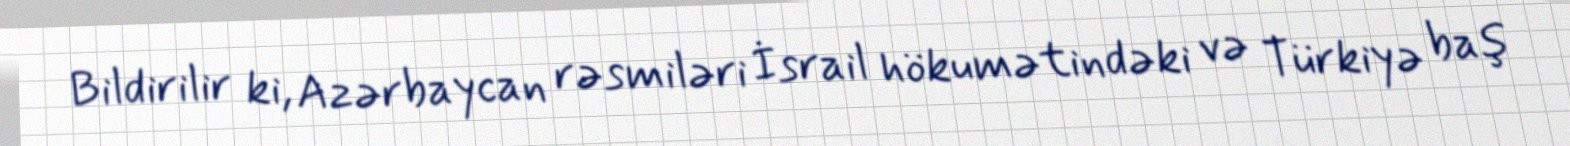
Bildirilir ki, Azərbaycan rəsmiləri İsrail hökumətindəki və Türkiyə baş